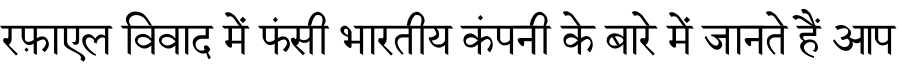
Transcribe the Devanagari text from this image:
रफ़ाएल विवाद में फंसी भारतीय कंपनी के बारे में जानते हैं आप